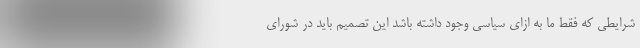
شرایطی که فقط ما به ازای سیاسی وجود داشته باشد این تصمیم باید در شورای